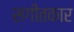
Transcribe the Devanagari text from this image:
सगीतकार